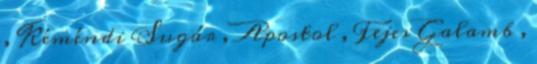
, Kéméndi Sugár , Apostol , Fejes Galamb ,